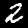
Digit: 2